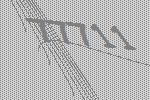
77711